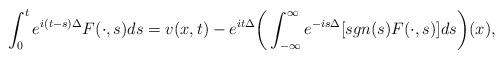
LaTeX: \begin{align*}\int_0^t e^{i(t-s)\Delta}F(\cdot,s)ds=v(x,t)-e^{it\Delta}\bigg(\int_{-\infty}^\infty e^{-is\Delta}[sgn(s)F(\cdot,s)]ds\bigg)(x),\end{align*}